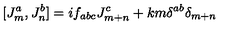
[ J _ { m } ^ { a } , J _ { n } ^ { b } ] = i f _ { a b c } J _ { m + n } ^ { c } + k m { \delta } ^ { a b } { \delta } _ { m + n }